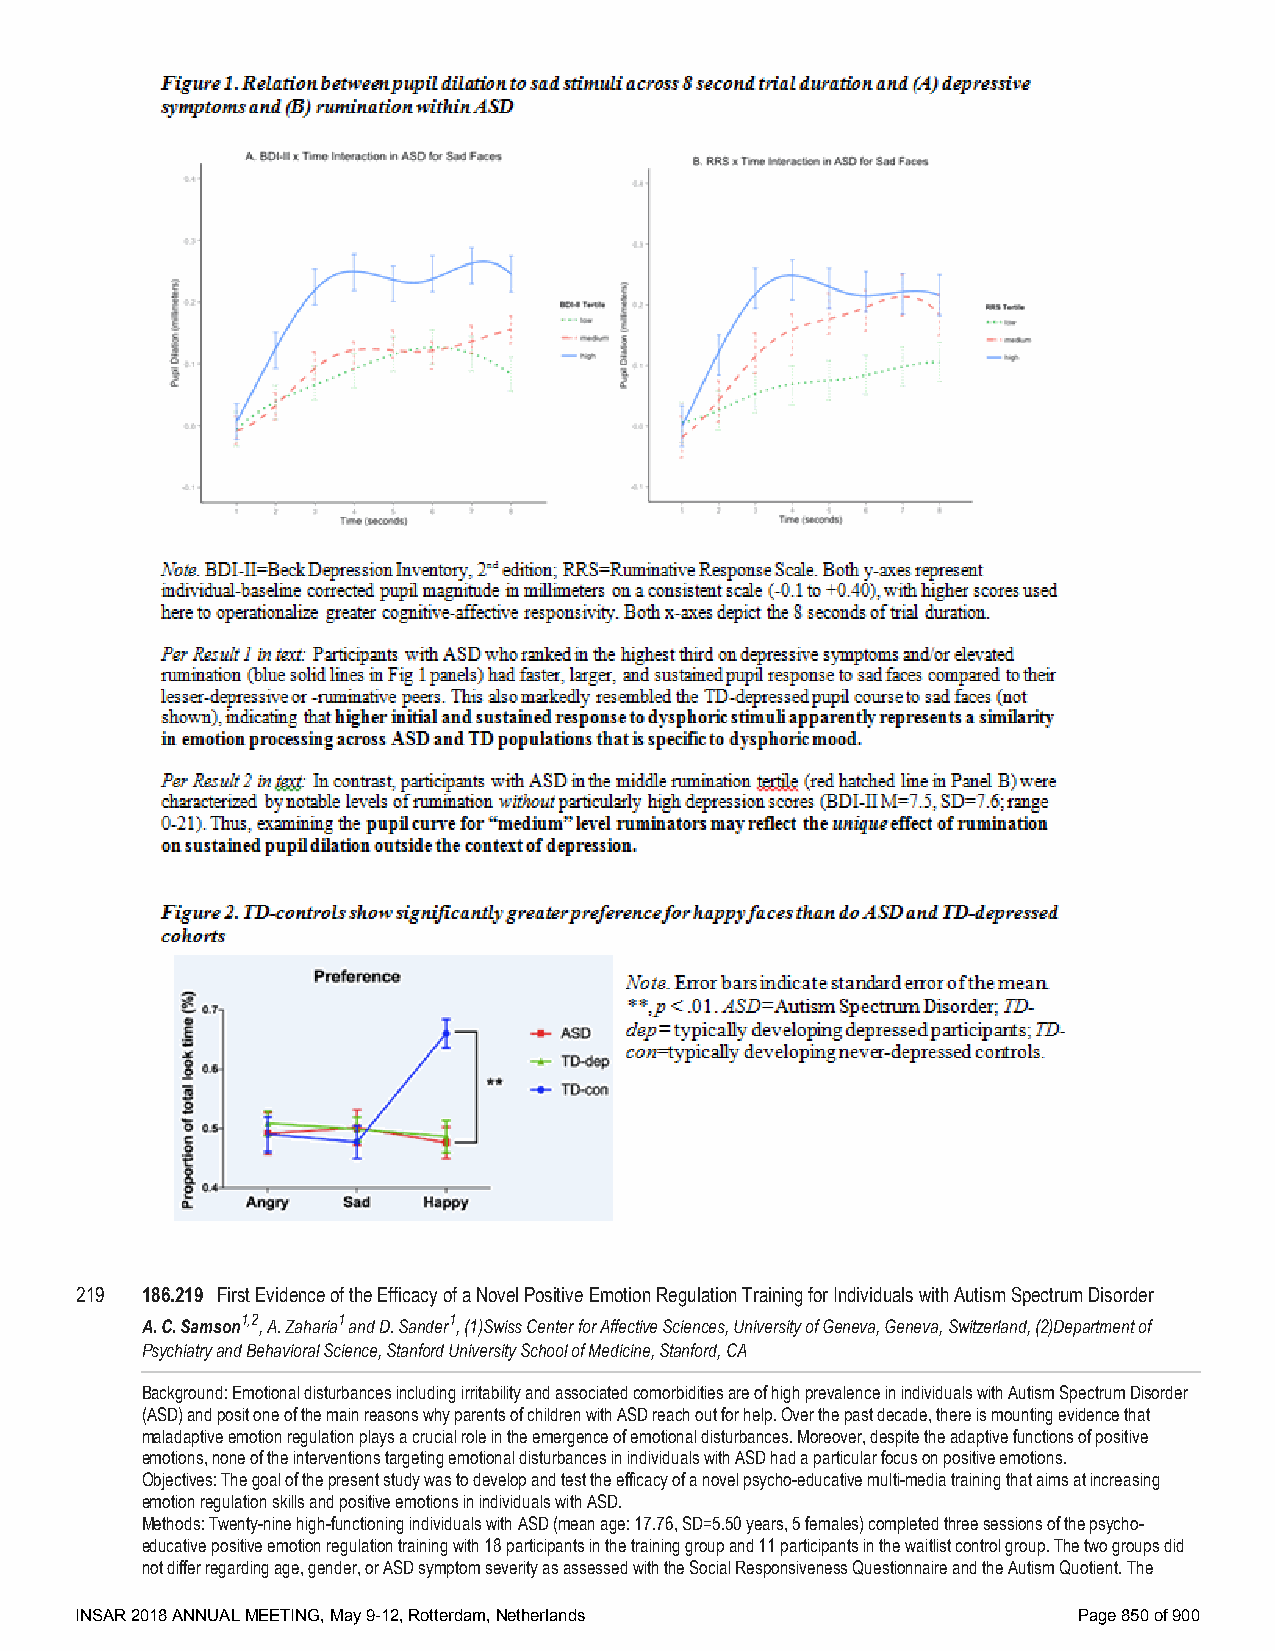
219 186.219 First Evidence of the Efficacy of a Novel Positive Emotion Regulation Training for Individuals with Autism Spectrum Disorder
 A. C. Samson1,2, A. Zaharia1 and D. Sander1, (1)Swiss Center for Affective Sciences, University of Geneva, Geneva, Switzerland, (2)Department of
 Psychiatry and Behavioral Science, Stanford University School of Medicine, Stanford, CA
 Background: Emotional disturbances including irritability and associated comorbidities are of high prevalence in individuals with Autism Spectrum Disorder
 (ASD) and posit one of the main reasons why parents of children with ASD reach out for help. Over the past decade, there is mounting evidence that
 maladaptive emotion regulation plays a crucial role in the emergence of emotional disturbances. Moreover, despite the adaptive functions of positive
 emotions, none of the interventions targeting emotional disturbances in individuals with ASD had a particular focus on positive emotions.
 Objectives: The goal of the present study was to develop and test the efficacy of a novel psycho-educative multi-media training that aims at increasing
 emotion regulation skills and positive emotions in individuals with ASD.
 Methods: Twenty-nine high-functioning individuals with ASD (mean age: 17.76, SD=5.50 years, 5 females) completed three sessions of the psycho-
 educative positive emotion regulation training with 18 participants in the training group and 11 participants in the waitlist control group. The two groups did
 not differ regarding age, gender, or ASD symptom severity as assessed with the Social Responsiveness Questionnaire and the Autism Quotient. The
 INSAR 2018 ANNUAL MEETING, May 9-12, Rotterdam, Netherlands       Page 850 of 900